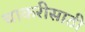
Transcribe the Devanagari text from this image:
चाकरीसाठी